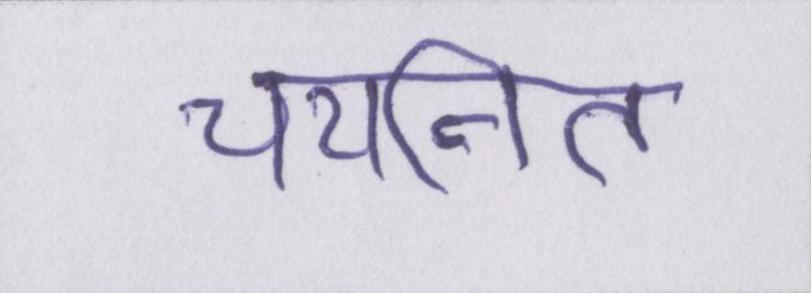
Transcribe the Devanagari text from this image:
चयनित